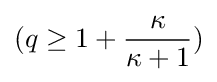
(q\geq 1+{\frac {\kappa }{\kappa +1}})